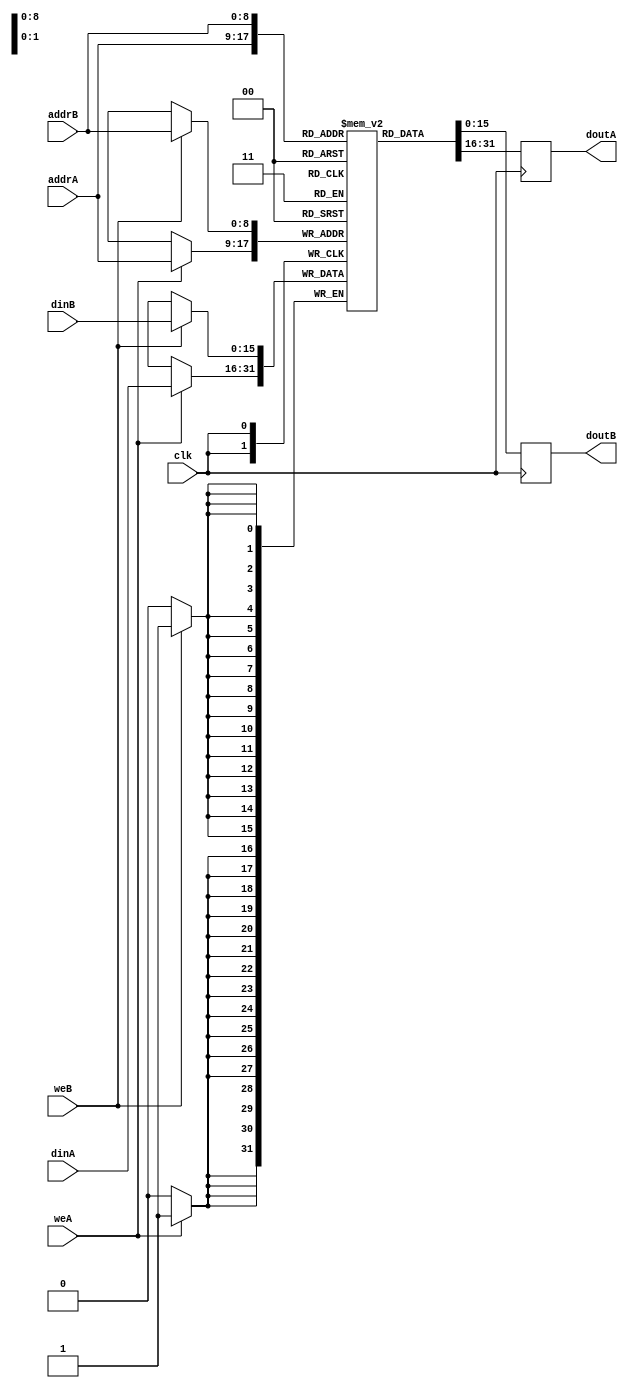
module ram_true_dp_rf_512x16_block (clk, weA, weB, addrA, addrB, dinA, dinB, doutA, doutB);
    input clk, weA, weB;
    input [8:0] addrA, addrB;
    input [15:0] dinA, dinB;
    output reg [15:0] doutA, doutB;
    
    (* ram_style = "block" *)
    reg [15:0] ram [511:0];
    always @(posedge clk)
    begin
        if (weA)
            ram[addrA] <= dinA;
       
        doutA <= ram[addrA];
    end

    always @(posedge clk)
    begin
        if (weB)
            ram[addrB] <= dinB;
        
        doutB <= ram[addrB];
    end

endmodule